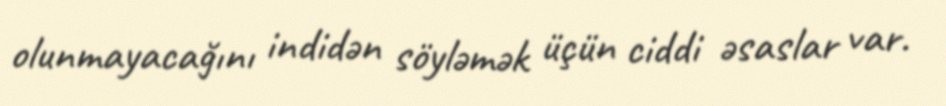
olunmayacağını indidən söyləmək üçün ciddi əsaslar var.